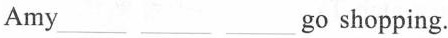
Amy___ ___ ___go shopping.